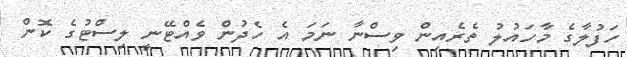
ހަފުލާގެ މާހައުލު ތެރެއިން ވިސްނާ ނަމަ އެ ހެދުން ވެއްޓޭނީ ލިސްޓުގެ ކޮން